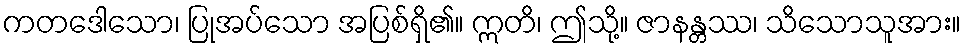
ကတဒေါသော၊ ပြုအပ်သော အပြစ်ရှိ၏။ ဣတိ၊ ဤသို့။ ဇာနန္တဿ၊ သိသောသူအား။